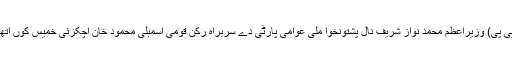
27 اپریل (اے پی پی) وزیراعظم محمد نواز شریف نال پشتونخوا ملی عوامی پارٹی دے سربراہ رکن قومی اسمبلی محمود خان اچکزئی خمیس کوں اتھاں ملاقات کیتی۔